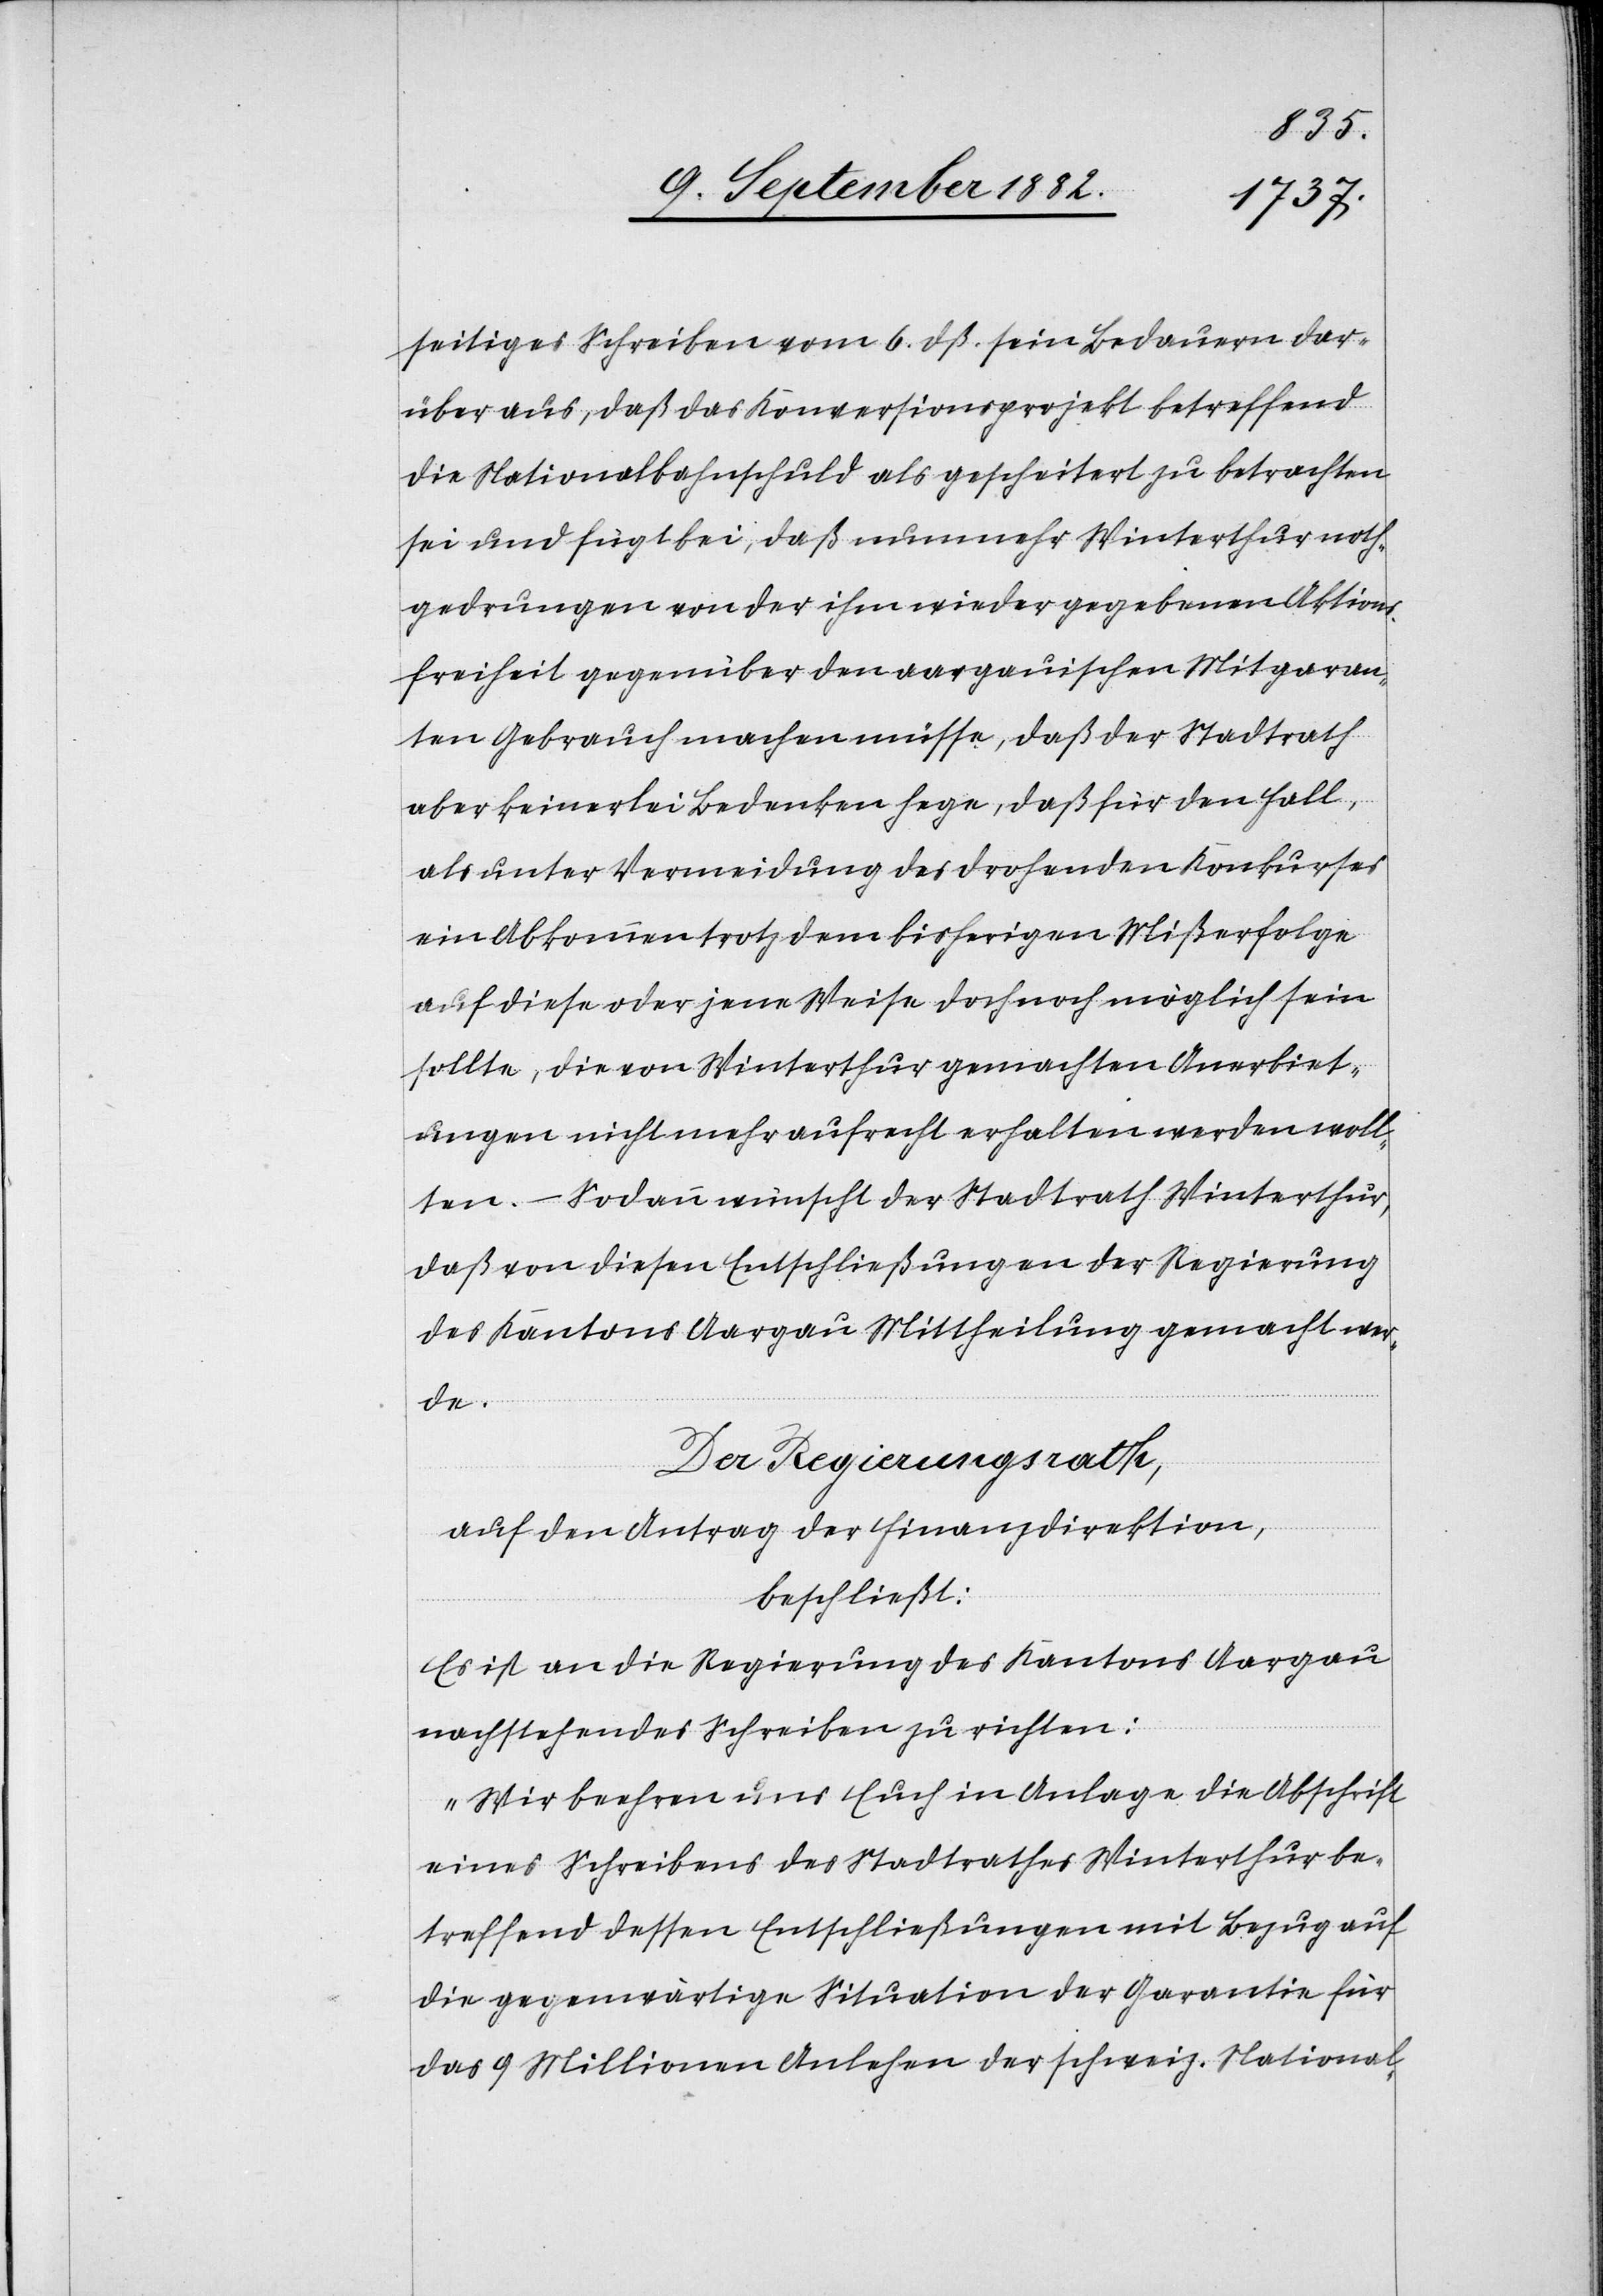
seitiges Schreiben vom 6. dß. sein Bedauern dar¬
über aus, daß das Konversionsprojekt betreffend
die Nationalbahnschuld als gescheitert zu betrachten
sei und fügt bei, daß nunmehr Winterthur noth¬
gedrungen von der ihm wieder gegebenen Aktions¬
freiheit gegenüber den aargauischen Mitgaran¬
ten Gebrauch machen müsse, daß der Stadtrath
aber keinerlei Bedenken hege, daß für den Fall,
als unter Vermeidung des drohenden Konkurses
ein Abkommen trotz dem bisherigen Mißerfolge
auf diese oder jene Weise doch noch möglich sein
sollte, die von Winterthur gemachten Anerbiet¬
ungen nicht mehr aufrecht erhalten werden woll¬
ten. – Sodann wünscht der Stadtrath Winterthur,
daß von diesen Entschließungen der Regierung
des Kantons Aargau Mittheilung gemacht wer¬
de.
Der Regierungsrath,
lauf den Antrag der Finanzdirektion,
beschließt:
Es ist an die Regierung des Kantons Aargau
nachstehendes Schreiben zu richten:
„Wir beehren uns Euch in Anlage die Abschrift
eines Schreibens des Stadtrathes Winterthur be¬
treffend dessen Entschließungen mit Bezug auf
die gegenwärtige Situation der Garantie für
das 9 Millionen Anlehen der schweiz. National-